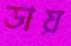
ডায়